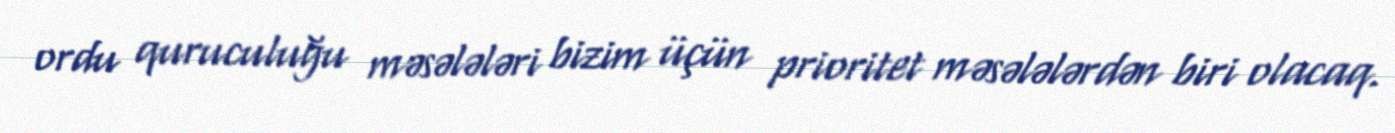
ordu quruculuğu məsələləri bizim üçün prioritet məsələlərdən biri olacaq.